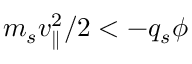
m _ { s } v _ { \parallel } ^ { 2 } / 2 < - q _ { s } \phi